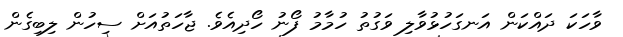
ވާހަކަ ދައްކަން އަނގަހުޅުވާލި ވަގުތު ހުމާމު ފޯނު ހޯދިއެވެ. ޖާހަތުއަށް ސިހުން ލިބިގެން